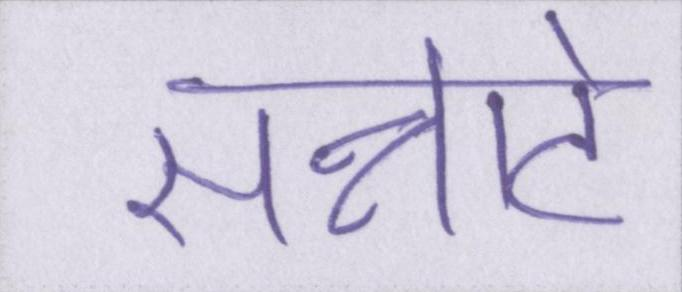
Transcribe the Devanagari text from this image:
सन्नाटे